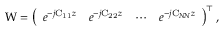
\boldsymbol { \mathrm { W } } = \left( \begin{array} { l l l l } { e ^ { - j \mathrm { C _ { 1 1 } } z } } & { e ^ { - j \mathrm { C _ { 2 2 } } z } } & { \cdots } & { e ^ { - j \mathrm { C } _ { N \! N } z } } \end{array} \right) ^ { \top } ,